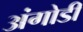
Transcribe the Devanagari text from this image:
अंगोडी